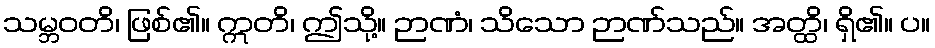
သမ္ဘဝတိ၊ ဖြစ်၏။ ဣတိ၊ ဤသို့။ ဉာဏံ၊ သိသော ဉာဏ်သည်။ အတ္ထိ၊ ရှိ၏။ ပ။